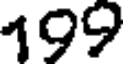
199